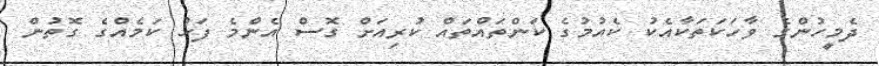
ދެމީހުންގެ ވާހަކަތަކާއެކު ކެއުމުގެ ކަންތައްތައް ކުރިއަށް ގޮސް އެންމެ ފަހު ކަމެއްގެ ގޮތުން